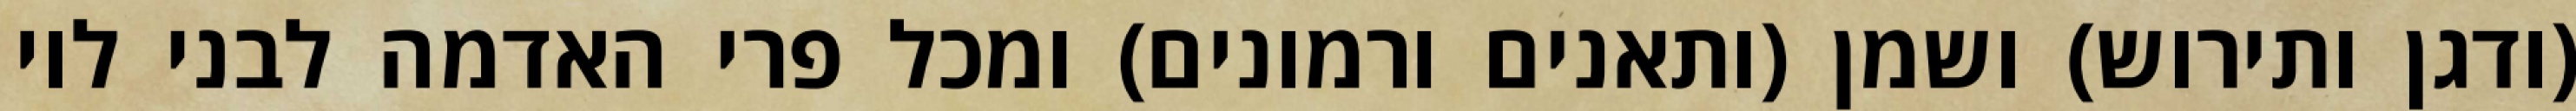
(ודגן ותירוש) ושמן (ותאנים ורמונים) ומכל פרי האדמה לבני לוי